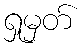
ရှုမှတ်